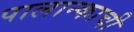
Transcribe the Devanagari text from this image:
पालान्काची